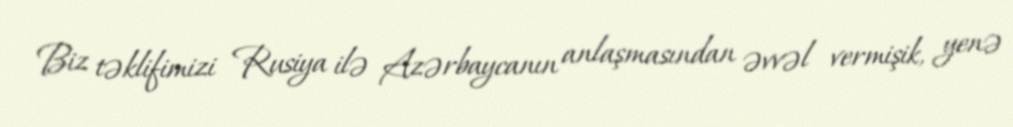
Biz təklifimizi Rusiya ilə Azərbaycanın anlaşmasından əvvəl vermişik, yenə